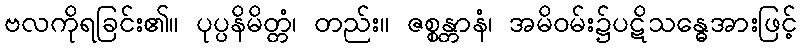
ဗလကိုရခြင်း၏။ ပုပ္ပနိမိတ္တံ၊ တည်း။ ဇစ္စန္တာနံ၊ အမိဝမ်း၌ပဋိသန္ဓေအားဖြင့်